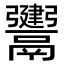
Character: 𩱤